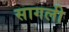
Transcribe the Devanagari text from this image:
सागली